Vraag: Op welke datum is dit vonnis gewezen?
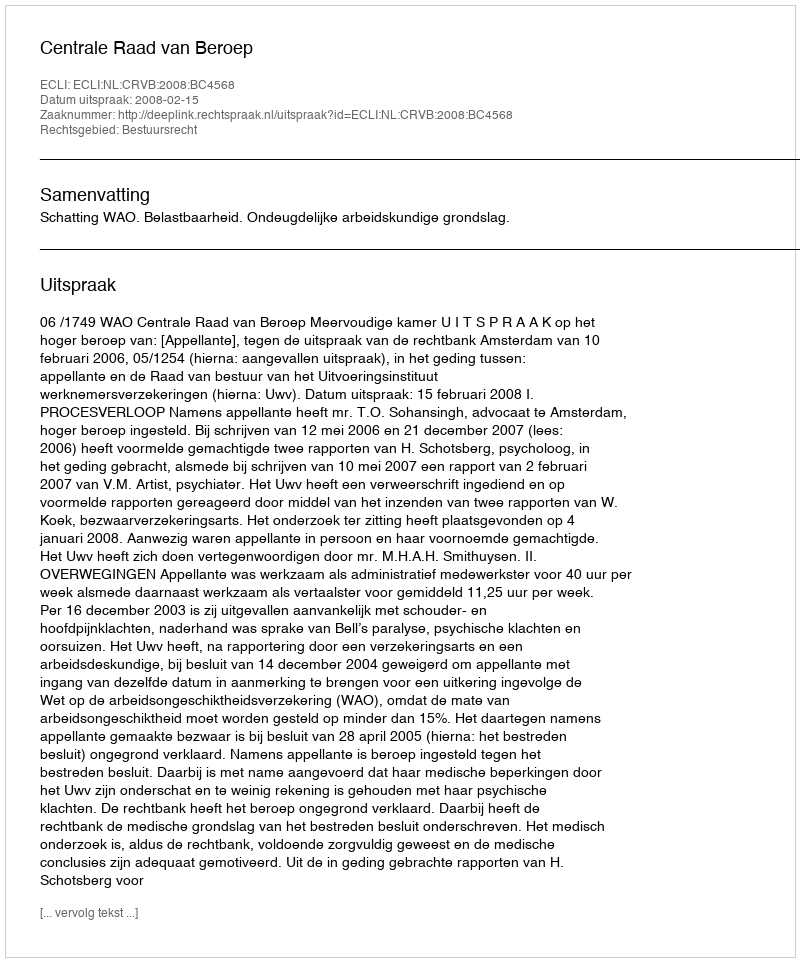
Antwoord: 2008-02-15